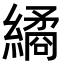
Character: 繘